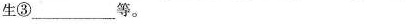
生③__________等。